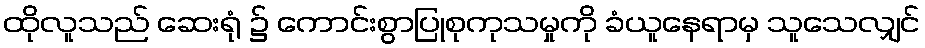
ထိုလူသည် ဆေးရုံ ၌ ကောင်းစွာပြုစုကုသမှုကို ခံယူနေရာမှ သူသေလျှင်